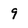
Character: 9